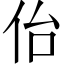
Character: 佁